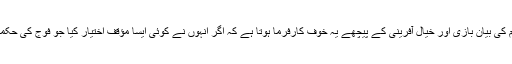
پریشانی کی بات البتہ صرف یہ ہے کہ یہ بحث کسی سیاسی اصول کی بنیاد پر نہیں کی جاتی بلکہ اس قسم کی بیان بازی اور خیال آفرینی کے پیچھے یہ خوف کارفرما ہوتا ہے کہ اگر انہوں نے کوئی ایسا مؤقف اختیار کیا جو فوج کی حکمت عملی کے مطابق نہ ہو تو کسی بھی سیاست دان یا سیاسی پارٹی کو اس کی قیمت ادا کرنا پڑسکتی ہے۔